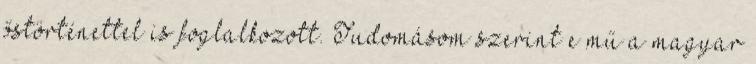
őstörténettel is foglalkozott. Tudomásom szerint e mű a magyar